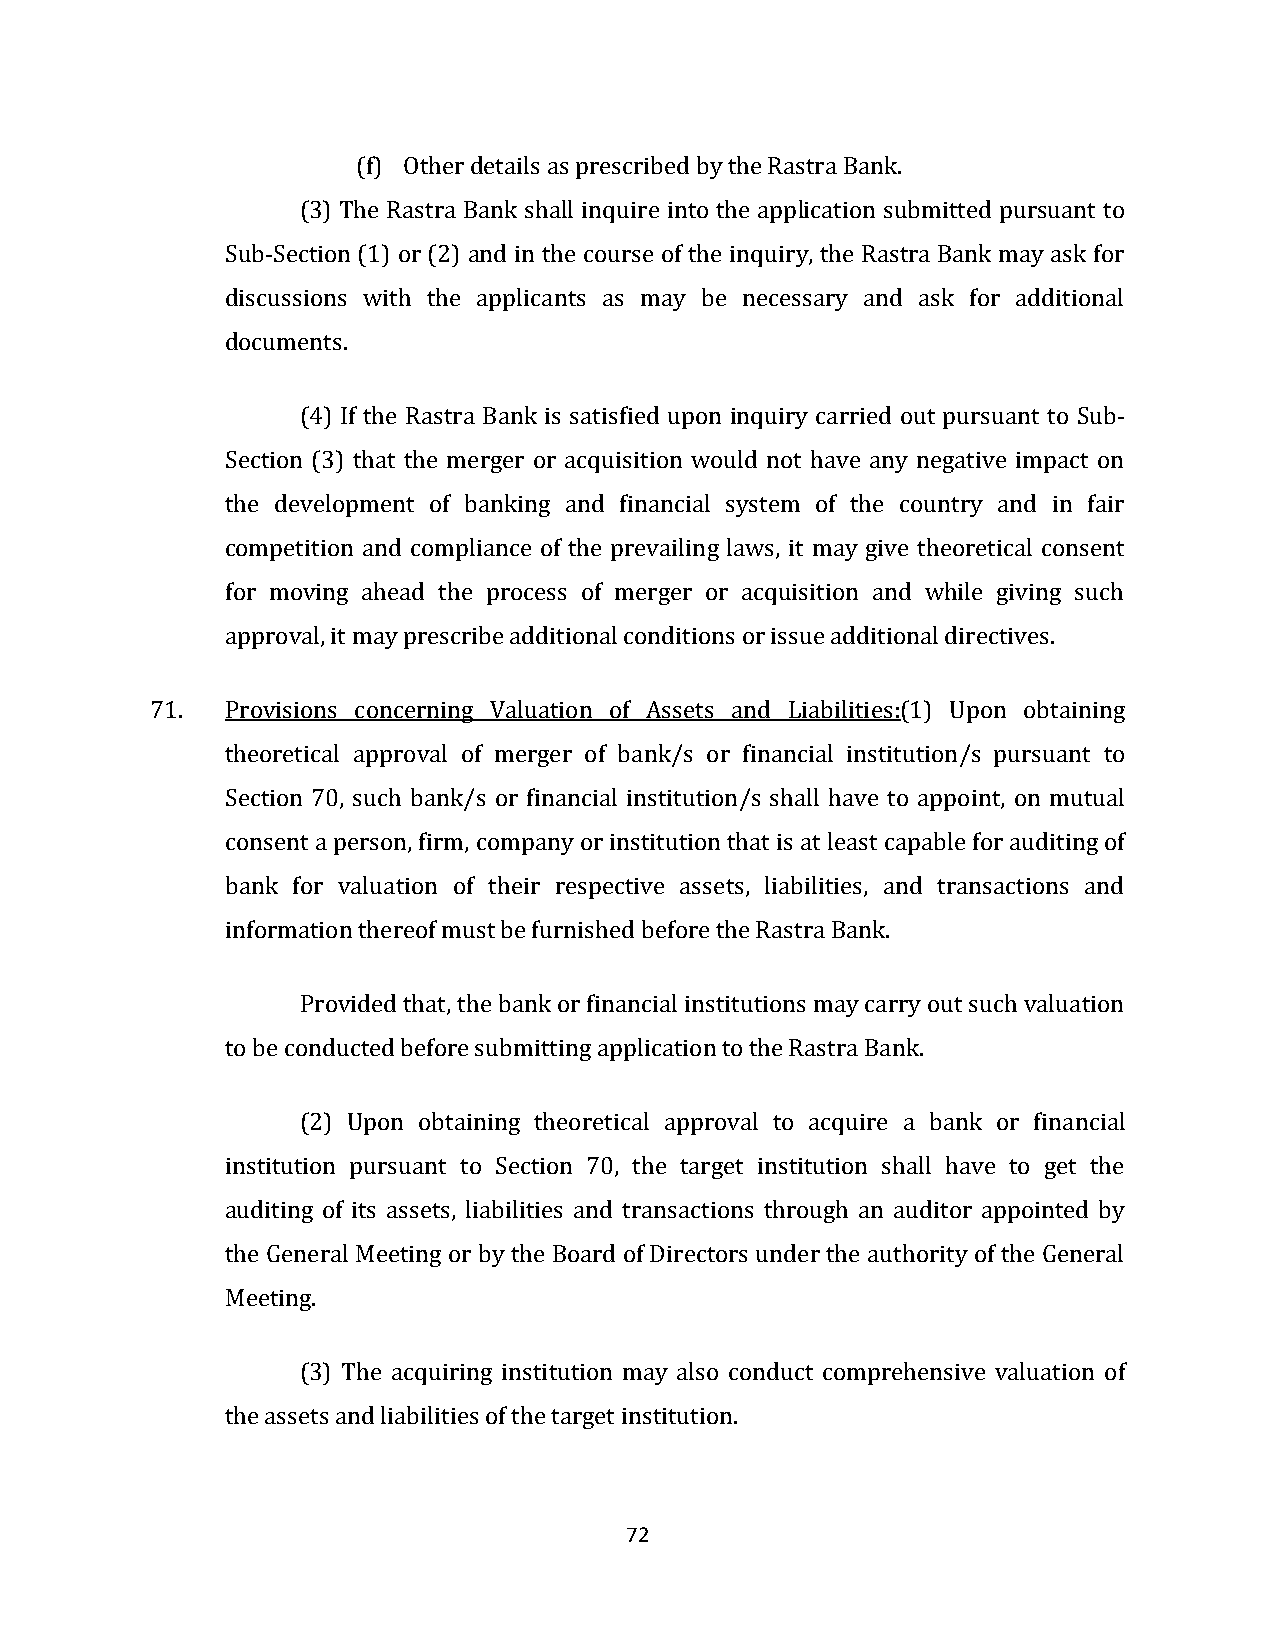
(f) Other details as prescribed by the Rastra Bank.
 (3) The Rastra Bank shall inquire into the application submitted pursuant to
 Sub-Section (1) or (2) and in the course of the inquiry, the Rastra Bank may ask for
 discussions with the applicants as may be necessary and ask for additional
 documents.
 (4) If the Rastra Bank is satisfied upon inquiry carried out pursuant to Sub-
 Section (3) that the merger or acquisition would not have any negative impact on
 the development of banking and financial system of the country and in fair
 competition and compliance of the prevailing laws, it may give theoretical consent
 for moving ahead the process of merger or acquisition and while giving such
 approval, it may prescribe additional conditions or issue additional directives.
 71.  Provisions concerning Valuation of Assets and Liabilities:(1) Upon obtaining
 theoretical approval of merger of bank/s or financial institution/s pursuant to
 Section 70, such bank/s or financial institution/s shall have to appoint, on mutual
 consent a person, firm, company or institution that is at least capable for auditing of
 bank for valuation of their respective assets, liabilities, and transactions and
 information thereof must be furnished before the Rastra Bank.
 Provided that, the bank or financial institutions may carry out such valuation
 to be conducted before submitting application to the Rastra Bank.
 (2) Upon obtaining theoretical approval to acquire a bank or financial
 institution pursuant to Section 70, the target institution shall have to get the
 auditing of its assets, liabilities and transactions through an auditor appointed by
 the General Meeting or by the Board of Directors under the authority of the General
 Meeting.
 (3) The acquiring institution may also conduct comprehensive valuation of
 the assets and liabilities of the target institution.
 72